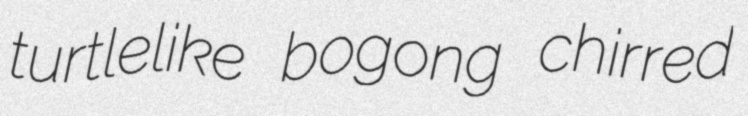
turtlelike bogong chirred